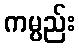
ကမ္ပည်း